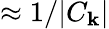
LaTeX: \approx1/|C_{\mathbf{k}}|